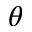
\theta